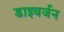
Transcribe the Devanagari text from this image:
डाइवर्जन